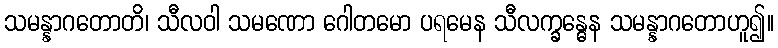
သမန္နာဂတောတိ၊ သီလဝါ သမဏော ဂေါတမော ပရမေန သီလက္ခန္ဓေန သမန္နာဂတောဟူ၍။